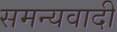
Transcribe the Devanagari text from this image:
समन्यवादी